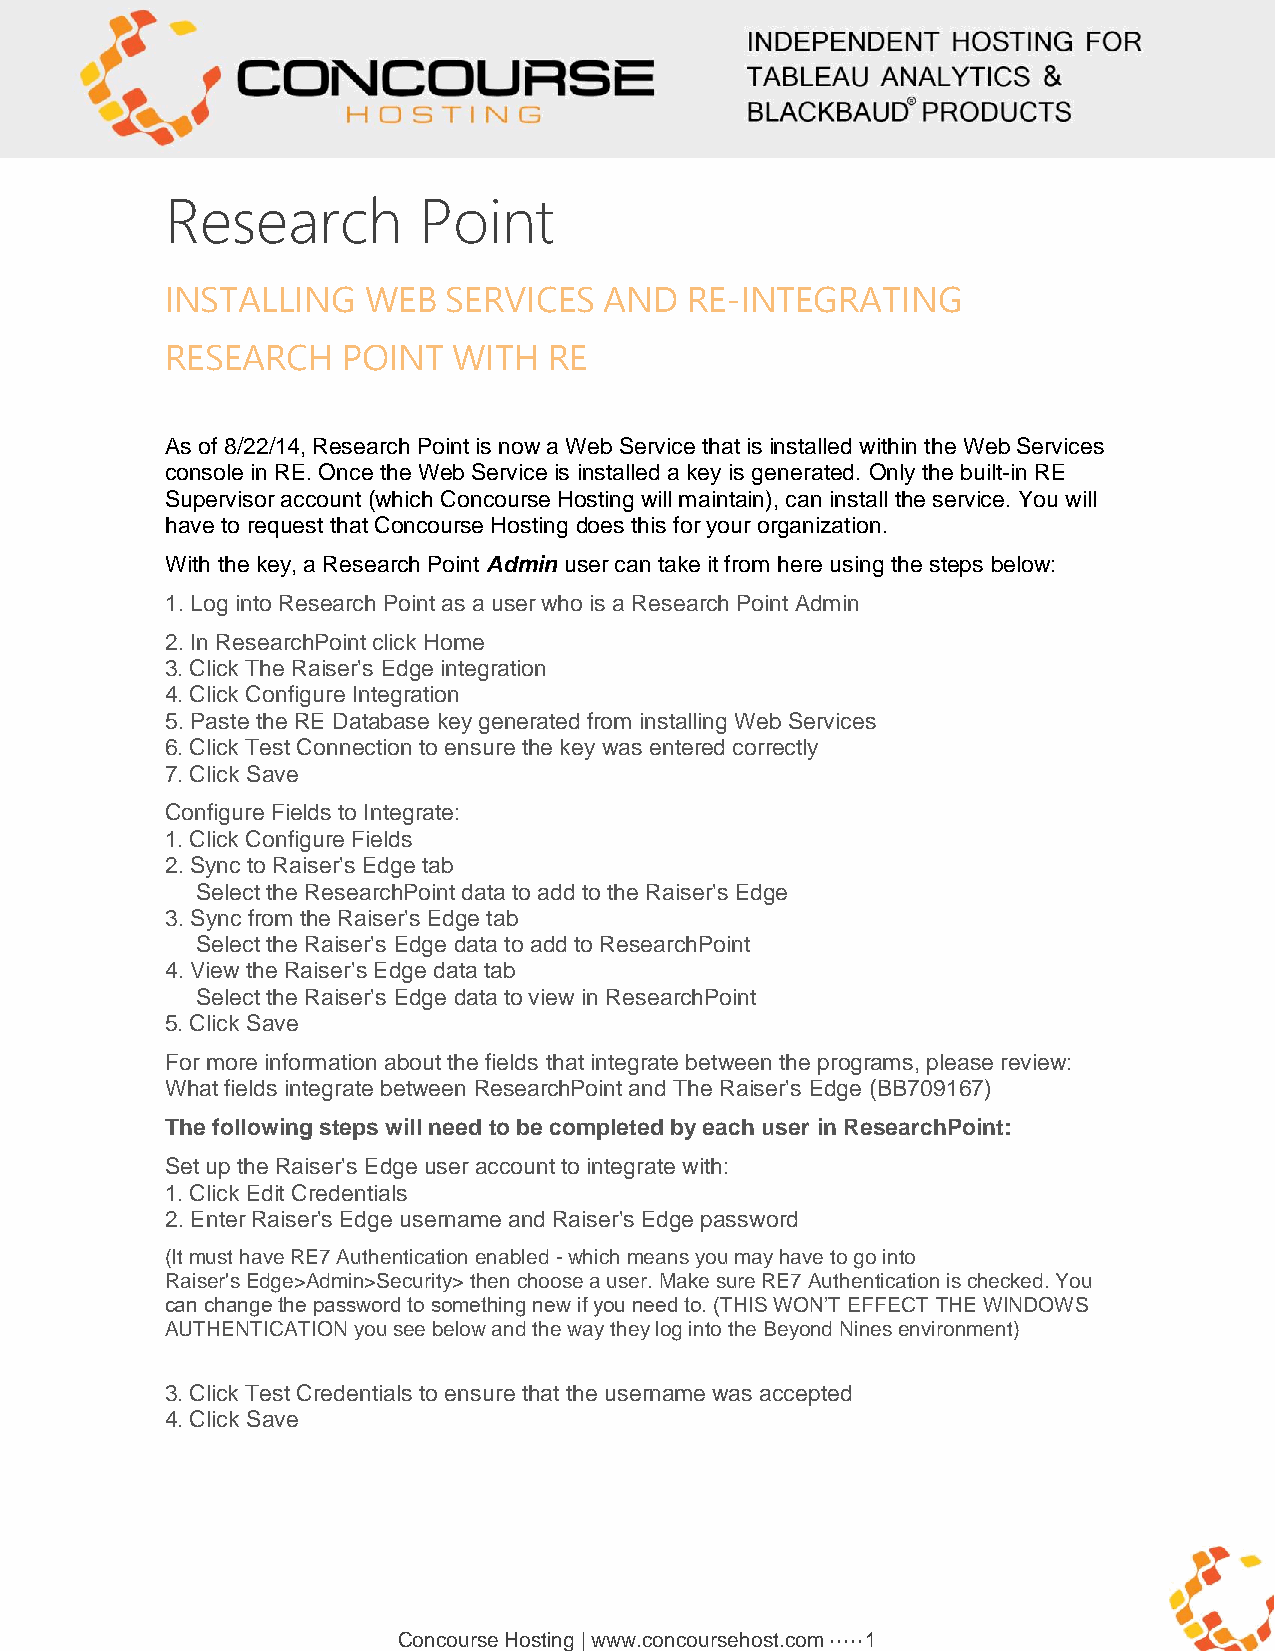
Research         Point
 INSTALLING   WEB  SERVICES   AND  RE-INTEGRATING
 RESEARCH    POINT  WITH  RE
 As of 8/22/14, Research Point is now a Web Service that is installed within the Web Services
 console in RE. Once the Web Service is installed a key is generated. Only the built-in RE
 Supervisor account (which Concourse Hosting will maintain), can install the service. You will
 have to request that Concourse Hosting does this for your organization.
 With the key, a Research Point Admin user can take it from here using the steps below:
 1. Log into Research Point as a user who is a Research Point Admin
 2. In ResearchPoint click Home
 3. Click The Raiser's Edge integration
 4. Click Configure Integration
 5. Paste the RE Database key generated from installing Web Services
 6. Click Test Connection to ensure the key was entered correctly
 7. Click Save
 Configure Fields to Integrate:
 1. Click Configure Fields
 2. Sync to Raiser's Edge tab
 Select the ResearchPoint data to add to the Raiser's Edge
 3. Sync from the Raiser's Edge tab
 Select the Raiser's Edge data to add to ResearchPoint
 4. View the Raiser's Edge data tab
 Select the Raiser's Edge data to view in ResearchPoint
 5. Click Save
 For more information about the fields that integrate between the programs, please review:
 What fields integrate between ResearchPoint and The Raiser's Edge (BB709167)
 The following steps will need to be completed by each user in ResearchPoint:
 Set up the Raiser's Edge user account to integrate with:
 1. Click Edit Credentials
 2. Enter Raiser's Edge username and Raiser's Edge password
 (It must have RE7 Authentication enabled - which means you may have to go into
 Raiser's Edge>Admin>Security> then choose a user. Make sure RE7 Authentication is checked. You
 can change the password to something new if you need to. (THIS WON’T EFFECT THE WINDOWS
 AUTHENTICATION you see below and the way they log into the Beyond Nines environment)
 3. Click Test Credentials to ensure that the username was accepted
 4. Click Save
 Concourse Hosting | www.concoursehost.com ····· 1